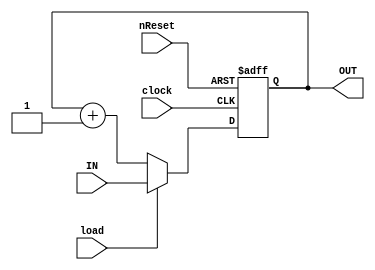
/* 8bit Program counter with reset, load */
module Program_counter(IN, OUT, clock, nReset, load);

input [7:0] IN;
input clock, load;
input nReset;    // Negative logic
output [7:0] OUT;

wire [7:0] IN;
wire clock, nReset, load;
reg [7:0] OUT;

always @(posedge clock or negedge nReset) begin
    if(!nReset)
        OUT <= 8'd0;
    else if (load)
        OUT <= IN;
    else
        OUT <= OUT + 8'd1;  // count up
end

endmodule